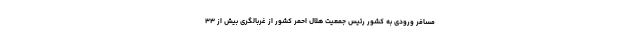
مسافر ورودی به کشور رئیس جمعیت هلال احمر کشور از غربالگری بیش از ۳۳